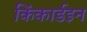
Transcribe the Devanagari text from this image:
किंकार्डइन